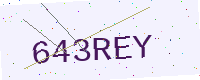
Text: 643REY